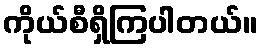
ကိုယ်စီရှိကြပါတယ်။